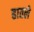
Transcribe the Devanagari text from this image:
हातले